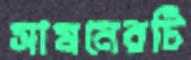
সামনেরটি